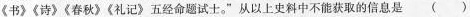
《书》《诗》《春秋》《礼记》五经命题试士。”从以上史料中不能获取的信息是（）